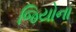
જિયોના